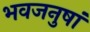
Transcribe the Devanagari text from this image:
भवजनुषां